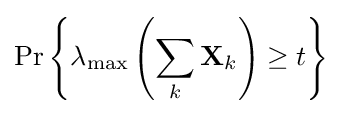
\Pr \left\{\lambda _{\max }\left(\sum _{k}\mathbf {X} _{k}\right)\geq t\right\}